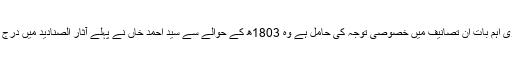
یہ مثنوی حکمران وقت اور اپنے آفیسر کو خوش رکھنے کی کوشش تھی لیکن جو دوسری اہم بات ان تصانیف میں خصوصی توجہ کی حامل ہے وہ 1803ھ کے حوالے سے سید احمد خاں نے پہلے آثار الصنادید میں درج کی ہے اور پھر دوسری مرتبہ سلسلتہ الملوک میں اپنے اسی نقطہ نظر کا اعادہ کیا ہے ۔